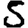
Digit: 5